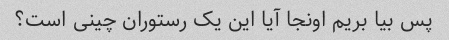
پس بیا بریم اونجا آیا این یک رستوران چینی است؟